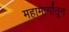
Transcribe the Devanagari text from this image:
महामार्गांतून